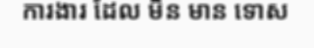
ការងារ ដែល មិន មាន ទោស